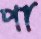
পা